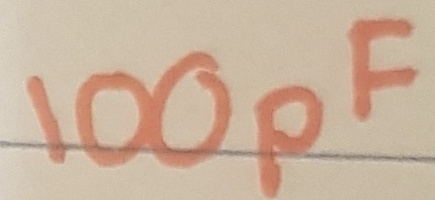
Text: 100pF